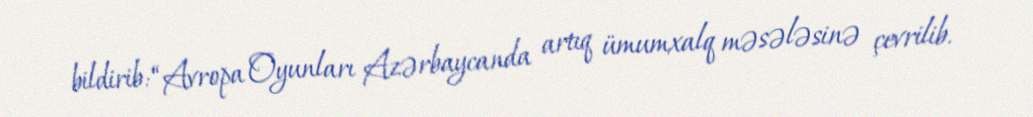
bildirib: “Avropa Oyunları Azərbaycanda artıq ümumxalq məsələsinə çevrilib.